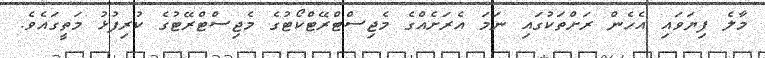
މާލެ ފިޔަވައި އެހެން ރަށްތަކުގައި ނަމަ އެރަށެއްގެ މެޖިސްޓްރޭޓްކޯޓުގެ މެޖިސްޓްރޭޓުގެ ކުރިފުޅު މަތީގައެވެ.